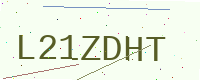
Text: L21ZDHT